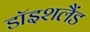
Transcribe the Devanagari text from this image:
डॉइशलैंड